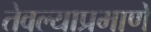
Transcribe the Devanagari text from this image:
तेवल्याप्रमाणे